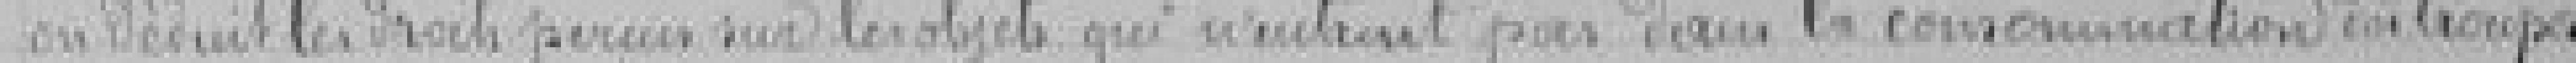
on déduit les droits perçus sur les objets, qui n'entrent pas dans les consommations des troupes.